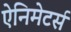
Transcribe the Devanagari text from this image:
ऐनिमेटर्स